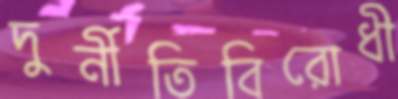
দুর্নীতিবিরোধী